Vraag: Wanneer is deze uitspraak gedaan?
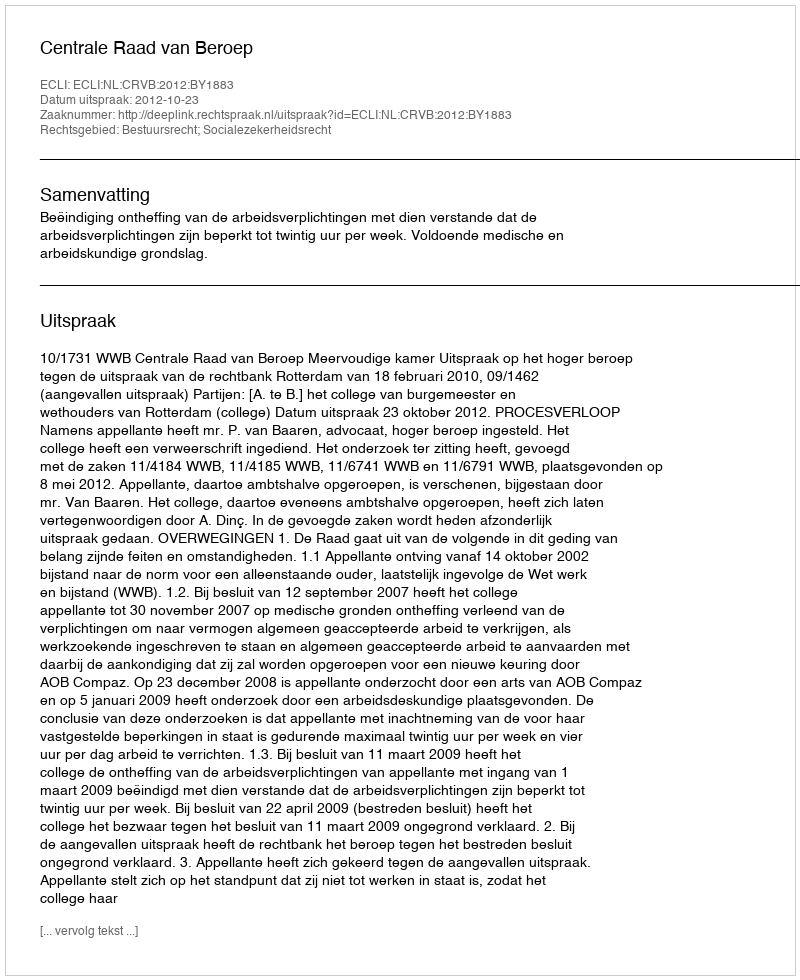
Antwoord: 2012-10-23